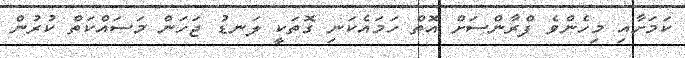
ކަމަށާއި މިހެންވެ ފްރާންސަށް އޮތް ހަމައެކަނި ގޮތަކީ ލަނޑު ޖަހަން މަސައްކަތް ކުރުން